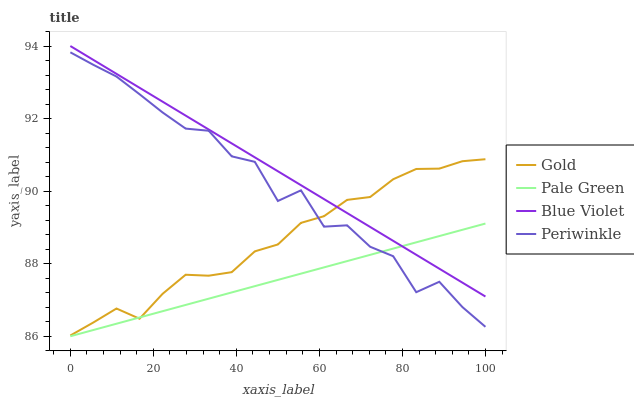
| xaxis_label | Gold | Pale Green | Blue Violet | Periwinkle |
 | --- | --- | --- | --- | --- |
 | 0 | 86 | 86 | 94 | 93.8 |
 | 5.56 | 86.4 | 86.2 | 93.6 | 93.5 |
 | 11.1 | 86.8 | 86.3 | 93.2 | 93.2 |
 | 16.7 | 86.5 | 86.5 | 92.8 | 92.7 |
 | 22.2 | 87.2 | 86.7 | 92.5 | 92.2 |
 | 27.8 | 87.7 | 86.9 | 92.1 | 91.7 |
 | 33.3 | 87.7 | 87 | 91.7 | 91.7 |
 | 38.9 | 87.8 | 87.2 | 91.3 | 91 |
 | 44.4 | 88.3 | 87.4 | 90.9 | 90.8 |
 | 50 | 88.5 | 87.6 | 90.5 | 89.7 |
 | 55.6 | 89.1 | 87.7 | 90.2 | 90 |
 | 61.1 | 89.3 | 87.9 | 89.8 | 89 |
 | 66.7 | 89.8 | 88.1 | 89.4 | 89.1 |
 | 72.2 | 89.8 | 88.2 | 89 | 88.5 |
 | 77.8 | 90.3 | 88.4 | 88.6 | 88.2 |
 | 83.3 | 90.6 | 88.6 | 88.2 | 87.2 |
 | 88.9 | 90.6 | 88.8 | 87.9 | 87.5 |
 | 94.4 | 90.8 | 88.9 | 87.5 | 86.8 |
 | 100 | 90.9 | 89.1 | 87.1 | 86.3 |